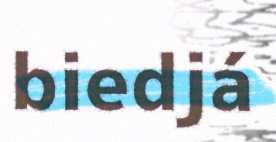
biedjá